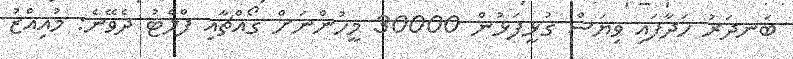
ބަނދަރު ހަދާފައި ވިޔަސް ގުޅީފަޅުން 30000 މީހުންނަށް ގޯއްޗާއި ފްލެޓު ދެވޭނެ: މުއިއްޒު